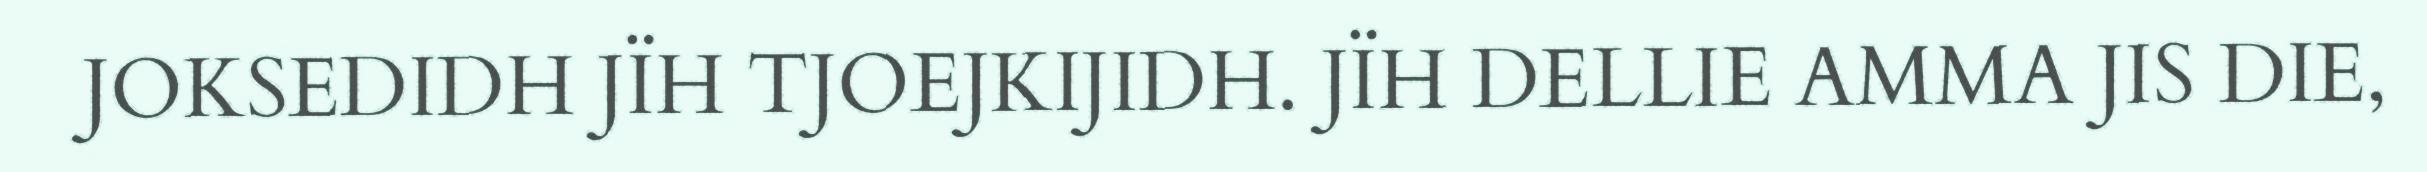
JOKSEDIDH JÏH TJOEJKIJIDH. JÏH DELLIE AMMA JIS DIE,